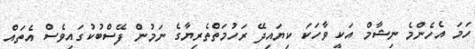
ހަމަ އެހެންމެ ނިޝާމް އަކީ ވާހަކަ ކިޔައިދޭ ރަހުމަތްތެރިޔާގެ ނަމުން ފޭސްބުކުގައިވެސް އެތައް